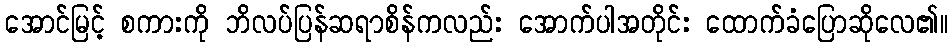
အောင်မြင့် စကားကို ဘိလပ်ပြန်ဆရာစိန်ကလည်း အောက်ပါအတိုင်း ထောက်ခံပြောဆိုလေ၏။